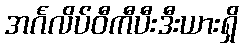
အင်္ဂလိပ်ဝီကီပီးဒီးယားရှိ